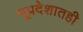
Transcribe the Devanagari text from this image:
भूप्रदेशातही